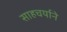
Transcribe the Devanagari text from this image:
साहचर्याने